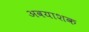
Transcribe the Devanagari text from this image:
अवयाशक